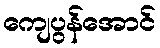
ကျေပွန်အောင်